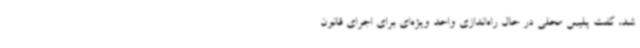
شد، گفت پلیس محلی در حال راه‌اندازی واحد ویژه‌ای برای اجرای قانون